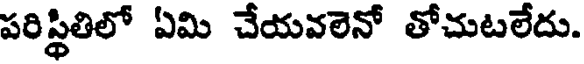
పరిస్థితిలో ఏమి చేయవలెనో తోచుటలేదు.